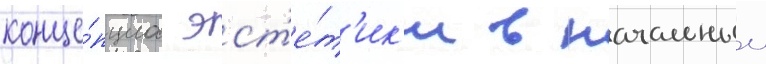
конце́пциа эст'е́т'ик'и в начальныи